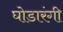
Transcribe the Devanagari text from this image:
घोडारंगी